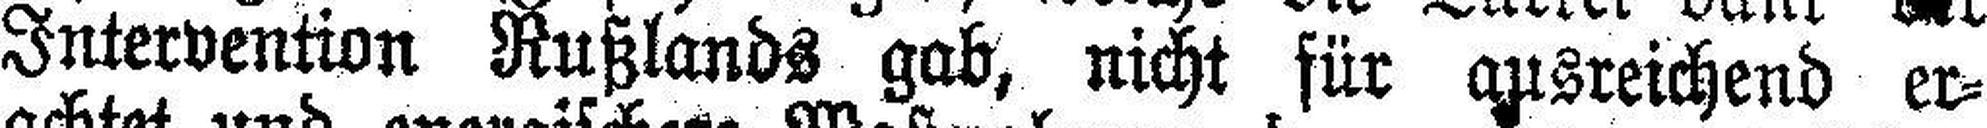
Intervention Rußlands gab, nicht für ausreichend er¬